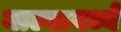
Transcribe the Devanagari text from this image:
नाल्यामध्ये